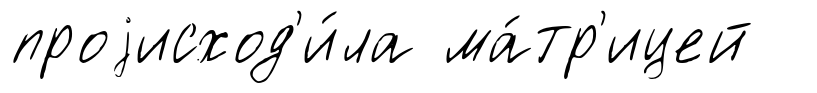
проjисход'и́ла ма́тр'ицей